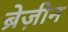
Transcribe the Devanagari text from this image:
ब्रेज़ीन